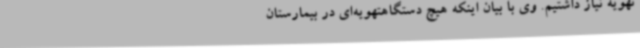
تهویه نیاز داشتیم. وی با بیان اینکه هیچ دستگاهتهویه‌ای در بیمارستان